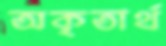
অকৃতার্থ